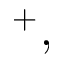
^ { + } ,